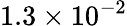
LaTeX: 1.3\times 10^{-2}